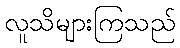
လူသိများကြသည်